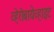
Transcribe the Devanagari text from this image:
व्हेरोबायेव्हाइट